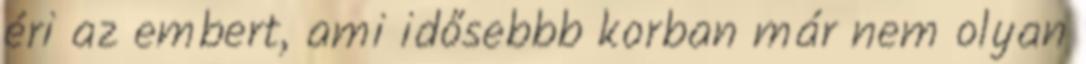
éri az embert, ami idősebbb korban már nem olyan